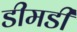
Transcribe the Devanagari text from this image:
डीमडी